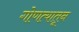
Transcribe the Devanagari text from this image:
गोणत्यातून